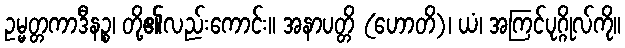
ဥမ္မတ္တကာဒီနဉ္စ၊ တို့၏လည်းကောင်း။ အနာပတ္တိ (ဟောတိ)၊ ယံ၊ အကြင်ပုဂ္ဂိုလ်ကို။